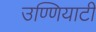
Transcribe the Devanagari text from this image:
उण्णियाटी